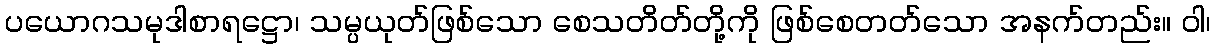
ပယောဂသမုဒါစာရဋ္ဌော၊ သမ္ပယုတ်ဖြစ်သော စေသတိတ်တို့ကို ဖြစ်စေတတ်သော အနက်တည်း။ ဝါ၊